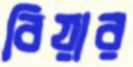
বিয়ার